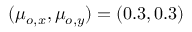
( \mu _ { o , x } , \mu _ { o , y } ) = ( 0 . 3 , 0 . 3 )